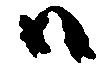
ハ